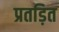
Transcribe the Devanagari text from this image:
प्रतड़ित